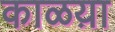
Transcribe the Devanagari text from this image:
काळय़ा